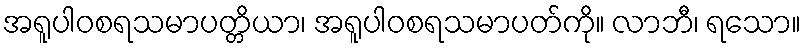
အရူပါဝစရသမာပတ္တိယာ၊ အရူပါဝစရသမာပတ်ကို။ လာဘီ၊ ရသော။